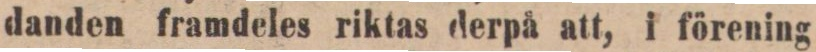
danden framdeles riktas derpå att, i förening